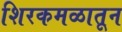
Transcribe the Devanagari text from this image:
शिरकमळातून